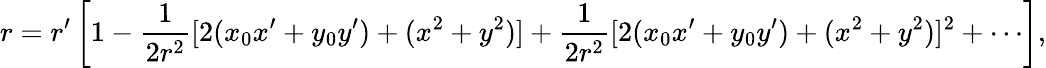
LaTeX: r=r^{\prime}\left[1-{\frac{1}{2r^{2}}}[2(x_{0}x^{\prime}+y_{0}y^{\prime})+(x^{2}+y^{2})]+{\frac{1}{2r^{2}}}[2(x_{0}x^{\prime}+y_{0}y^{\prime})+(x^{2}+y^{2})]^{2}+\cdots\right],